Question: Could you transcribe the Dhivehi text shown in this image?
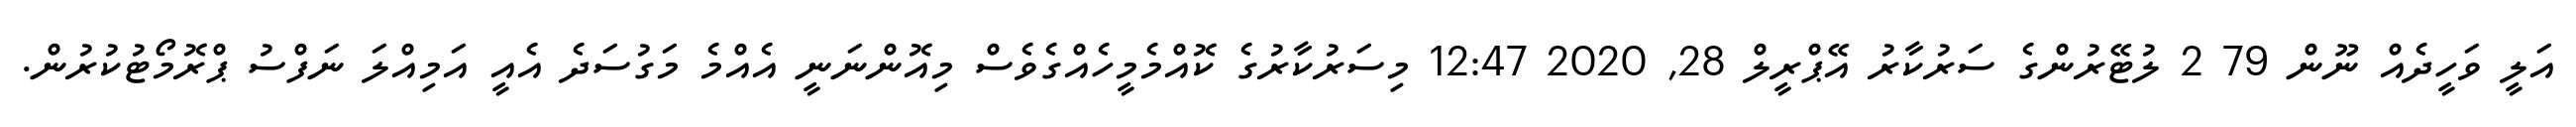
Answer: އަލީ ވަހީދެއް ނޫން 79 2 ލުޓޭރުންގެ ސަރުކާރު އޭޕްރީލް 28, 2020 12:47 މިސަރުކާރުގެ ކޮއްމެމީހެއްގެވެސް މިއޮންނަނީ އެއްމެ މަގުސަދެ އެއީ އަމިއްލަ ނަފްސު ޕްރޮމޯޓުކުރުން.